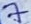
Text: 7